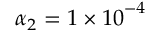
\alpha _ { 2 } = 1 \times { 1 0 } ^ { - 4 }